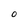
Character: 0